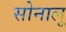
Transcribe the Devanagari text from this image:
सोनालू